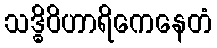
သဒ္ဓိဝိဟာရိကေနေတံ